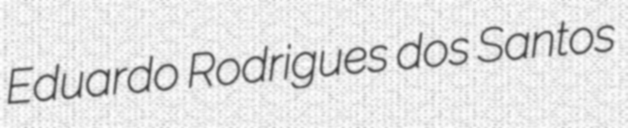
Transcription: Eduardo Rodrigues dos Santos